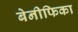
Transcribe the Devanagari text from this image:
बेनीफिका